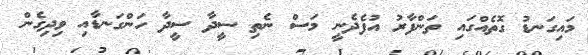
މައިގަނޑު ގޮތެއްގައި ތަންފާރު އުފެދެނީ މަސް ނެތި ސީދާ ސީދާ ހަންގަނޑާއި ވިދިގެން